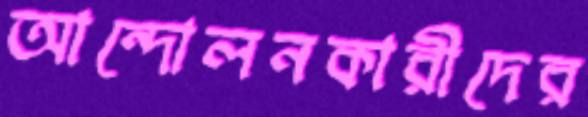
আন্দোলনকারীদের